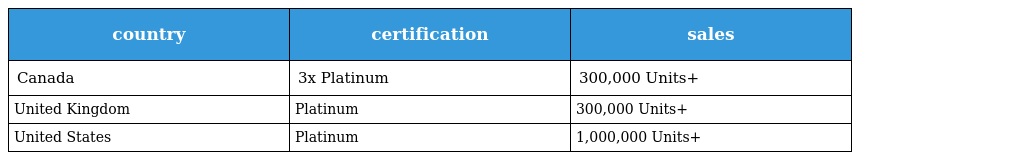
| country | certification | sales |
 | --- | --- | --- |
 | Canada | 3x Platinum | 300,000 Units+ |
 | United Kingdom | Platinum | 300,000 Units+ |
 | United States | Platinum | 1,000,000 Units+ |